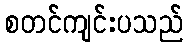
စတင်ကျင်းပသည်